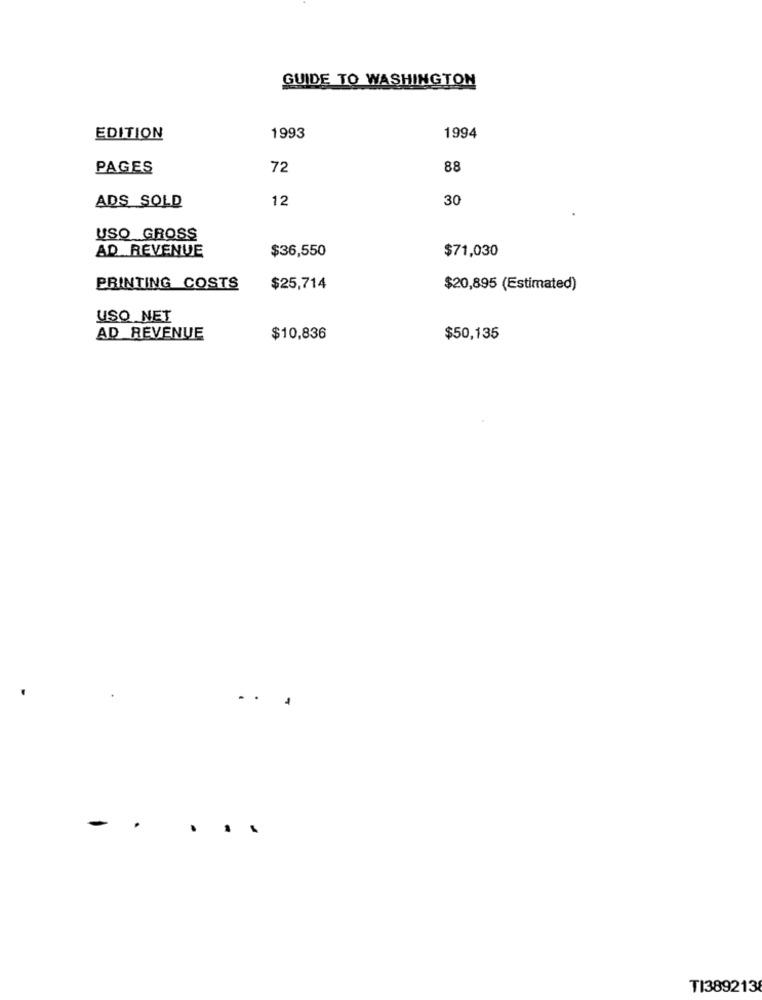
GUIDE TO WASHINGTON
EDITION
1993
1994
PAGES
72
88
12
30
ADS SOLD
USO GROSS
AD REVENUE
$36,550
$71,030
PRINTING COSTS
$25,714
$20,895 (Estimated)
USO NET
AD REVENUE
$10,836
$50,135
-
.
TI389213